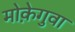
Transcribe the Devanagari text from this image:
मोक़ेगुवा